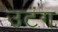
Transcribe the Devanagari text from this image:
उटंग